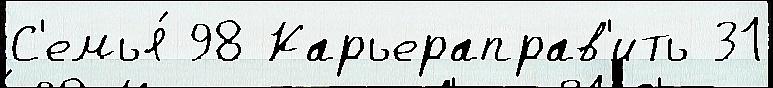
С'емья́ 98 Карьераправ'ить 31